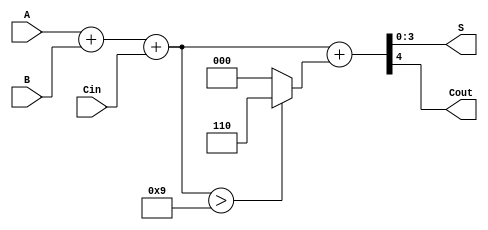
module bcd_adder (
    input  wire [3:0] A,      // First BCD digit
    input  wire [3:0] B,      // Second BCD digit
    input  wire Cin,          // Carry-in
    output wire [3:0] S,      // BCD sum output
    output wire Cout          // Carry-out
);

    wire [4:0] sum;           // 5-bit sum to accommodate carry
    wire correction;          // Flag for correction
    wire [4:0] corrected_sum; // Corrected sum after BCD adjustment

    // Step 1: Binary addition of A, B, and Cin
    assign sum = A + B + Cin;

    // Step 2: Determine if correction is needed
    assign correction = sum > 5'b01001; // Check if sum > 9

    // Step 3: Apply correction if needed
    assign corrected_sum = sum + (correction ? 5'b00110 : 5'b00000); // Add 6 if correction is needed

    // Step 4: Assign outputs
    assign S = corrected_sum[3:0]; // Lower 4 bits are the BCD result
    assign Cout = corrected_sum[4]; // Highest bit indicates carry-out

endmodule